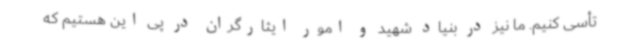
تأسی کنیم. ما نیز در بنیاد شهید و امور ایثارگران در پی این هستیم که